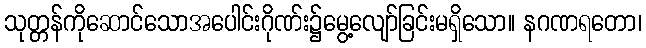
သုတ္တန်ကိုဆောင်သောအပေါင်းဂိုဏ်း၌မွေ့လျော်ခြင်းမရှိသော။ နဂဏရတော၊